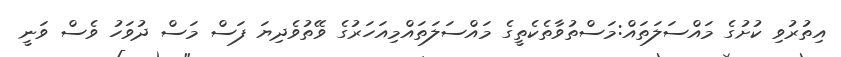
އިތުރުވި ކުށުގެ މައްސަލަތައް:މަސްތުވާތެކެތީގެ މައްސަލަތައްމިއަހަރުގެ ވޭތުވެދިޔަ ފަސް މަސް ދުވަހު ވެސް ވަނީ